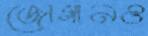
জোগানও